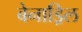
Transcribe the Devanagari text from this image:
बेनाड्रिल